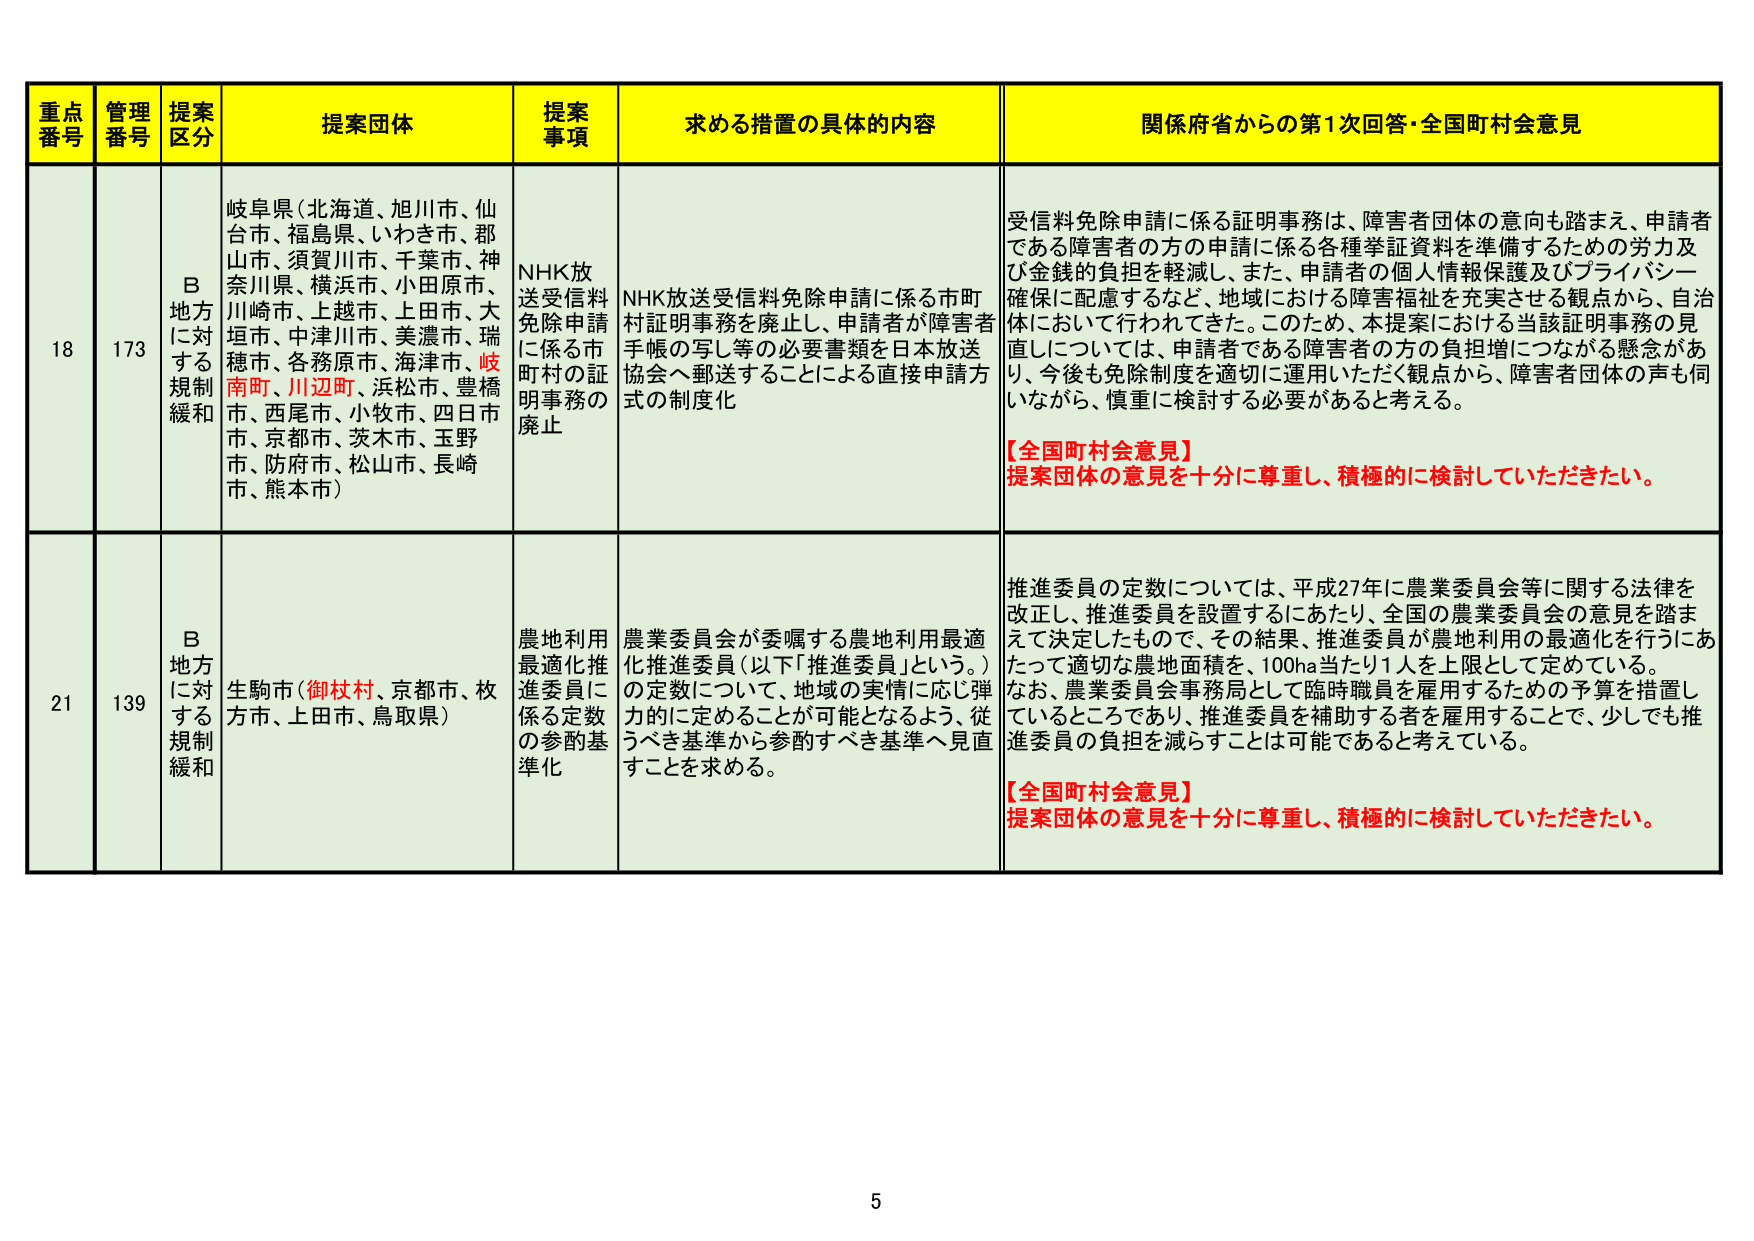
重点番号 管理番号 提案区分 提案団体 提案事項 求める措置の具体的内容 関係府省からの第1次回答・全国町村会意見
18 173 B地方に対する規制緩和 岐阜県（北海道、旭川市、仙台市、福島県、いわき市、郡山市、須賀川市、千葉市、神奈川県、横浜市、小田原市、川崎市、上越市、上田市、大垣市、中津川市、美濃市、瑞穂市、各務原市、海津市、岐南町、川辺町、浜松市、豊橋市、西尾市、小牧市、四日市市、京都市、茨木市、玉野市、防府市、松山市、長崎市、熊本市） NHK放送受信料免除申請に係る市町村証明事務の廃止 NHK放送受信料免除申請に係る市町村証明事務を廃止し、申請者が障害者手帳の写し等の必要書類を日本放送協会へ郵送することによる直接申請方式の制度化 受信料免除申請に係る証明事務は、障害者団体の意向も踏まえ、申請者である障害者の方の申請に係る各種挙証資料を準備するための労力及び金銭的負担を軽減し、また、申請者の個人情報保護及びプライバシー確保に配慮するなど、地域における障害福祉を充実させる観点から、自治体において行われてきた。このため、本提案における当該証明事務の見直しについては、申請者である障害者の方の負担増につながる懸念があり、今後も免除制度を適切に運用いただく観点から、障害者団体の声も伺いながら、慎重に検討する必要があると考える。 【全国町村会意見】 提案団体の意見を十分に尊重し、積極的に検討していただきたい。
21 139 B地方に対する規制緩和 生駒市（御杖村、京都市、枚方市、上田市、鳥取県） 農地利用最適化推進委員に係る定数の参酌基準化 農業委員会が委嘱する農地利用最適化推進委員（以下「推進委員」という。）の定数について、地域の実情に応じ弾力的に定めることが可能となるよう、従うべき基準から参酌すべき基準へ見直すことを求める。 推進委員の定数については、平成27年に農業委員会等に関する法律を改正し、推進委員を設置するにあたり、全国の農業委員会の意見を踏まえて決定したもので、その結果、推進委員が農地利用の最適化を行うにあたって適切な農地面積を、100ha当たり1人を上限として定めている。なお、農業委員会事務局として臨時職員を雇用するための予算を措置しているところであり、推進委員を補助する者を雇用することで、少しでも推進委員の負担を減らすことは可能であると考えている。 【全国町村会意見】 提案団体の意見を十分に尊重し、積極的に検討していただきたい。
5